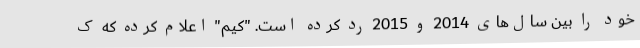
خود را بین سال‌های 2014 و 2015 رد کرده است. "کیم" اعلام کرده که ک